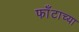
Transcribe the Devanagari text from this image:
फाँटाच्या